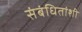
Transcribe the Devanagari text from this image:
संबंधितांशी